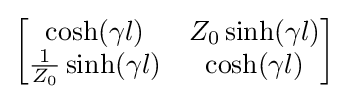
{\begin{bmatrix}\cosh(\gamma l)&Z_{0}\sinh(\gamma l)\\{\frac {1}{Z_{0}}}\sinh(\gamma l)&\cosh(\gamma l)\end{bmatrix}}